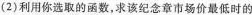
(2)利用你选取的函数，求该纪念章市场价最低时的